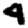
Digit: 4